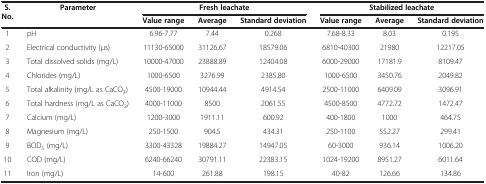
<table><thead><tr><td><b>S. No.</b></td><td><b>Parameter</b></td><td colspan="3"><b>Fresh leachate</b></td><td colspan="3"><b>Stabilized leachate</b></td></tr><tr><td><b> </b></td><td><b> </b></td><td><b>Value range</b></td><td><b>Average</b></td><td><b>Standard deviation</b></td><td><b>Value range</b></td><td><b>Average</b></td><td><b>Standard deviation</b></td></tr></thead><tbody><tr><td>1</td><td>pH</td><td>6.96-7.77</td><td>7.44</td><td>0.268</td><td>7.68-8.33</td><td>8.03</td><td>0.195</td></tr><tr><td>2</td><td>Electrical conductivity (μs)</td><td>11130-65000</td><td>31126.67</td><td>18579.06</td><td>6810-40300</td><td>21980</td><td>12217.05</td></tr><tr><td>3</td><td>Total dissolved solids (mg/L)</td><td>10000-47000</td><td>23888.89</td><td>12404.08</td><td>6000-29000</td><td>17181.9</td><td>8109.47</td></tr><tr><td>4</td><td>Chlorides (mg/L)</td><td>1000-6500</td><td>3276.99</td><td>2385.80</td><td>1000-6500</td><td>3450.76</td><td>2049.82</td></tr><tr><td>5</td><td>Total alkalinity (mg/L as CaCO<sub>3</sub>)</td><td>4500-19000</td><td>10944.44</td><td>4914.54</td><td>2500-11000</td><td>6409.09</td><td>3096.91</td></tr><tr><td>6</td><td>Total hardness (mg/L as CaCO<sub>3</sub>)</td><td>4000-11000</td><td>8500</td><td>2061.55</td><td>4500-8500</td><td>4772.72</td><td>1472.47</td></tr><tr><td>7</td><td>Calcium (mg/L)</td><td>1200-3000</td><td>1911.11</td><td>600.92</td><td>400-1800</td><td>1000</td><td>464.75</td></tr><tr><td>8</td><td>Magnesium (mg/L)</td><td>250-1500</td><td>904.5</td><td>434.31</td><td>250-1100</td><td>552.27</td><td>299.41</td></tr><tr><td>9</td><td>BOD<sub>5</sub> (mg/L)</td><td>3300-43328</td><td>19884.27</td><td>14947.05</td><td>60-3000</td><td>936.14</td><td>1006.20</td></tr><tr><td>10</td><td>COD (mg/L)</td><td>6240-66240</td><td>30791.11</td><td>22383.15</td><td>1024-19200</td><td>8951.27</td><td>6011.64</td></tr><tr><td>11</td><td>Iron (mg/L)</td><td>14-600</td><td>261.88</td><td>198.15</td><td>40-82</td><td>126.66</td><td>134.86</td></tr></tbody></table>